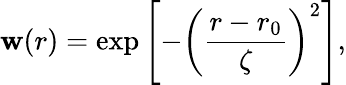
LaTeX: \mathbf{w}(r)=\exp\left[-\left(\frac{{r-r_{0}}}{{\zeta}}\right)^{2}\right],